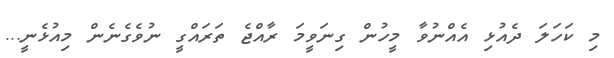
މި ކަހަލަ ދެއުޅި އެއްނުވާ މީހުން ގިނަވީމަ ރާއްޖެ ތަރައްގީ ނުވެގެނެން މިއުޅެނީ...